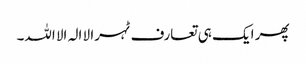
پھر ایک ہی تعارف ٹہرا لا الہ الا اللہ۔